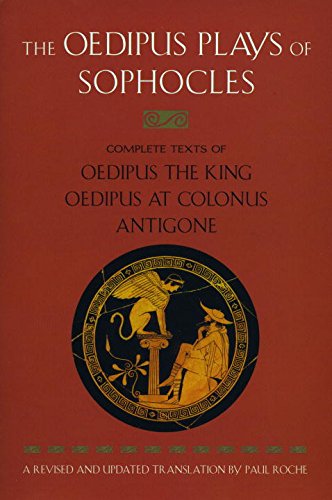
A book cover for The Oedipus Plays of Sophocles: Oedipus the King; Oedipus at Colonus; Antigone; Sophocles; Literature & Fiction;